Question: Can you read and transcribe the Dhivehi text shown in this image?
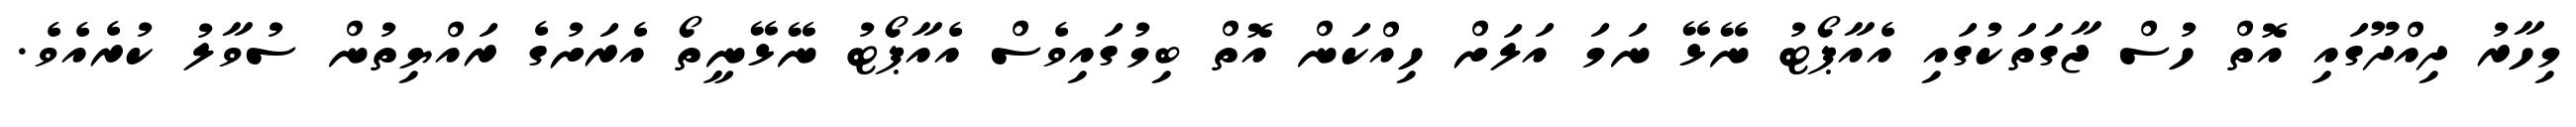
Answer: މިހާރު ދިއްދޫގައި އޮތް ހުސް ޖާގަތަކުގައި އެއާޕޯޓު ނޭޅޭ ނަމަ އަލަށް ހިއްކަން އޮތް ބިމުގައިވެސް އެއާޕޯޓު ނޭޅޭނީތޯ އެރަށުގެ ރައްޔިތުން ސުވާލު ކުރެއެވެ.